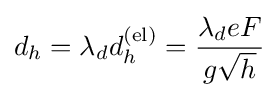
d_{h}=\lambda _{d}d_{h}^{\mathrm {(el)} }={\frac {\lambda _{d}eF}{g{\sqrt {h}}}}